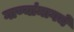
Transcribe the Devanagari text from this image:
गाण्यांमागचे